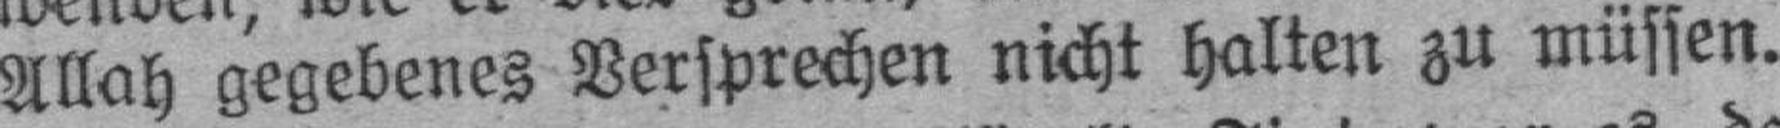
Allah gegebenes Versprechen nicht halten zu müssen.